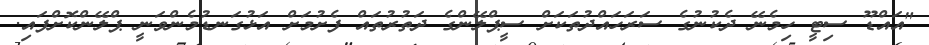
"އައްޑޫ ސިޓީ ހިމެނޭ ދެކުނުގެ ސަރަހައްދުތަކަށް ސީޕްލޭންގެ ދަތުރުތައް ފެށުމަށް އަޅުގަނޑުމެންވަނީ ޕްލޭންކޮށްފައި.